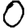
Digit: 0